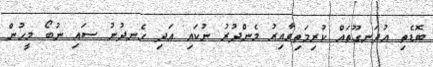
ބޮޑެތި އުދަނގޫތައް ކުރިމަތިވާއިރު މެންދުރު ނުކައި އަދި ހެނދުނު ސައި ނުބޯ މީހުން